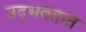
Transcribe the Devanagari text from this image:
उद्‍भवतात